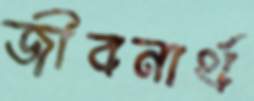
জীবনার্থ